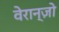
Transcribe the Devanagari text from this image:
वेरान्ज़ो